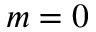
m = 0